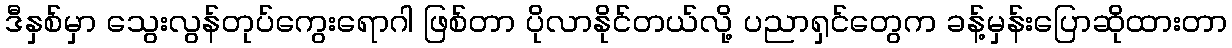
ဒီနှစ်မှာ သွေးလွန်တုပ်ကွေးရောဂါ ဖြစ်တာ ပိုလာနိုင်တယ်လို့ ပညာရှင်တွေက ခန့်မှန်းပြောဆိုထားတာ